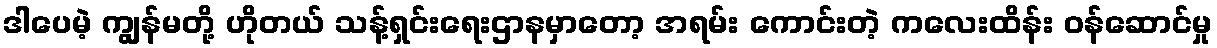
ဒါပေမဲ့ ကျွန်မတို့ ဟိုတယ် သန့်ရှင်းရေးဌာနမှာတော့ အရမ်း ကောင်းတဲ့ ကလေးထိန်း ဝန်ဆောင်မှု